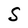
Character: S